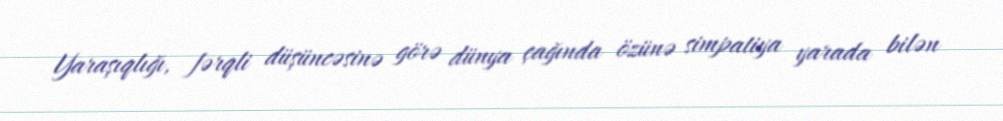
Yaraşıqlığı, fərqli düşüncəsinə görə dünya çağında özünə simpatiya yarada bilən